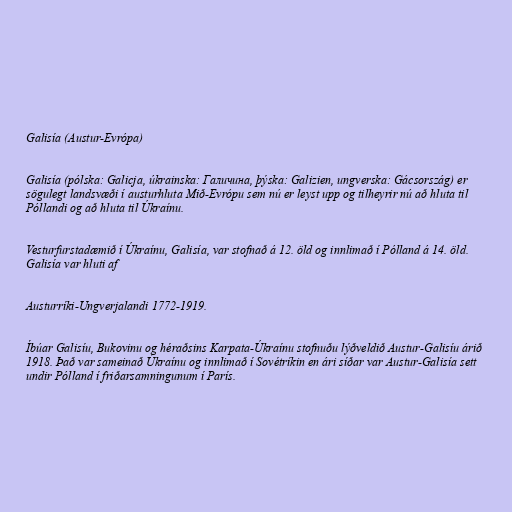
Galisía (Austur-Evrópa)

Galisía (pólska: Galicja, úkrainska: Галичина, þýska: Galizien, ungverska: Gácsország) er
sögulegt landsvæði í austurhluta Mið-Evrópu sem nú er leyst upp og tilheyrir nú að hluta til
Póllandi og að hluta til Úkraínu.

Vesturfurstadæmið í Úkraínu, Galisía, var stofnað á 12. öld og innlimað í Pólland á 14. öld.
Galisía var hluti af

Austurríki-Ungverjalandi 1772-1919.

Íbúar Galisíu, Bukovinu og héraðsins Karpata-Úkraínu stofnuðu lýðveldið Austur-Galisíu árið
1918. Það var sameinað Úkraínu og innlimað í Sovétríkin en ári síðar var Austur-Galisía sett
undir Pólland í friðarsamningunum í París.